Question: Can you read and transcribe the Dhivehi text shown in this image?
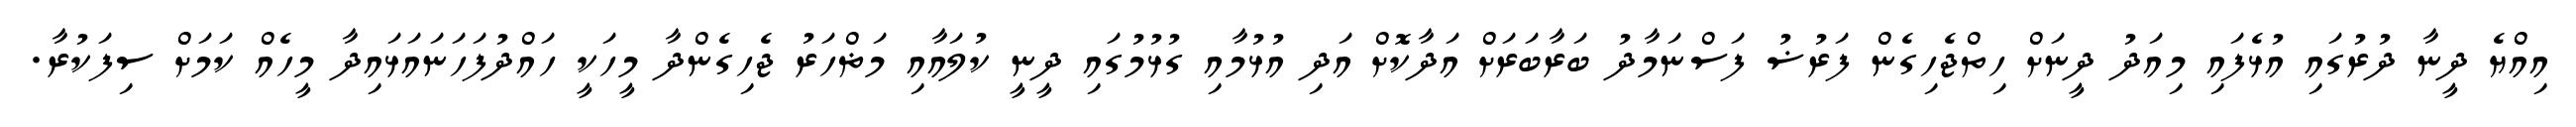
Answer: އިއްޔެ ދީނާ ދުރުގައި އުޅެފައި މިއަދު ދީނަށް ހިތްޖެހިގެން ފަރުޟު ފަސްނަމާދު ބަރާބަރަށް އަދާކޮށް އަދި އުޅުމާއި ގުޅުމުގައި ދީނީ ކުލައާއި މަޡްހަރު ޖެހިގެންދާ މީހަކީ ހައްދުފަހަނައަޅައިދާ މީހެއް ކަމަށް ސިފަކުރާ.